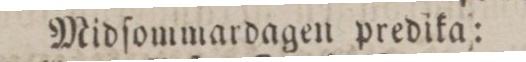
Midſommardagen predika: